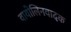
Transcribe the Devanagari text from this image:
वायोलिनवादक